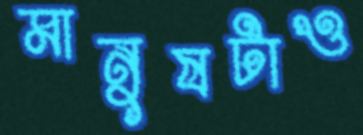
মানুষটাও